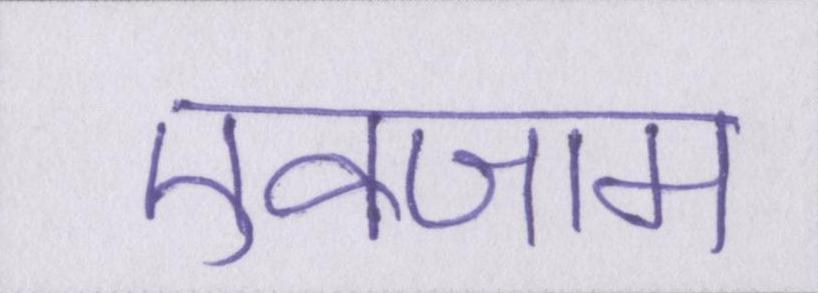
एक्जाम